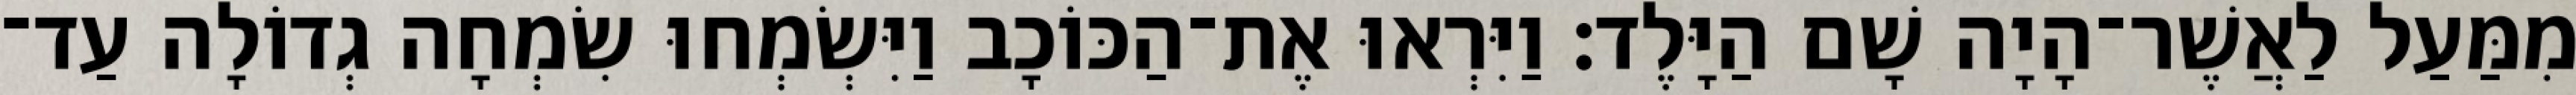
מִמַּעַל לַאֲשֶׁר־הָיָה שָׁם הַיָּלֶד׃ וַיִּרְאוּ אֶת־הַכּוֹכָב וַיִּשְׂמְחוּ שִׂמְחָה גְדוֹלָה עַד־